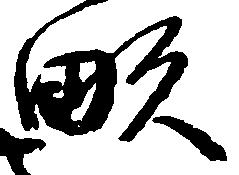
畝